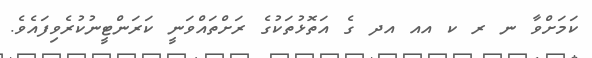
ކަމަށްވާ ނ ރ ކ އއ އދ ގެ އަތޮޅުތަކުގެ ރަށްތައްވަނީ ކަރަންޓީނުކުރެވިފައެވެ.